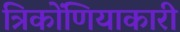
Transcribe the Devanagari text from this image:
त्रिकोंणियाकारी